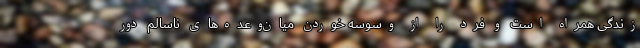
زندگی همراه است و فرد را از وسوسه خوردن میان‌وعده‌های ناسالم دور